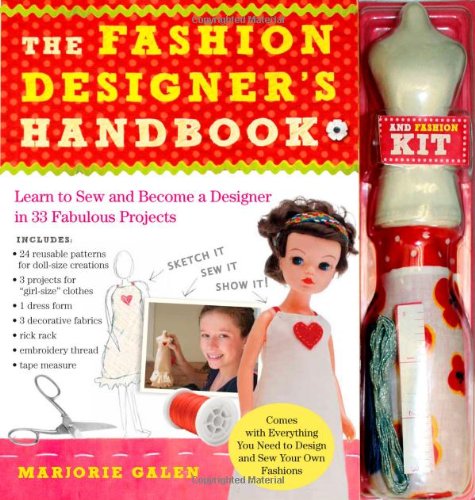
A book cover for The Fashion Designer's Handbook & Fashion Kit: Learn to Sew and Become a Designer in 33 Fabulous Projects; Marjorie Galen; Arts & Photography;